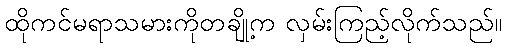
ထိုကင်မရာသမားကိုတချို့က လှမ်းကြည့်လိုက်သည်။